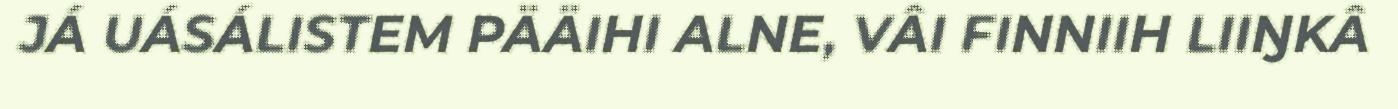
JÁ UÁSÁLISTEM PÄÄIHI ALNE, VÂI FINNIIH LIIŊKÂ